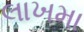
લાખમા